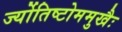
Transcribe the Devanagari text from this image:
र्ज्योतिष्टोममुखैः